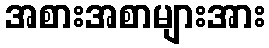
အစားအစာများအား